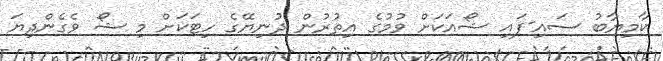
ކާމިޔާބު ސައި-ފައި ޝޯއަކަށް ވުމުގެ އިތުރުން ދުނިޔޭގެ ހިޓަކަށް މި ޝޯ ވެގެންދިޔަ